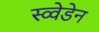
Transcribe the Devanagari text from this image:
स्व्वेडेन